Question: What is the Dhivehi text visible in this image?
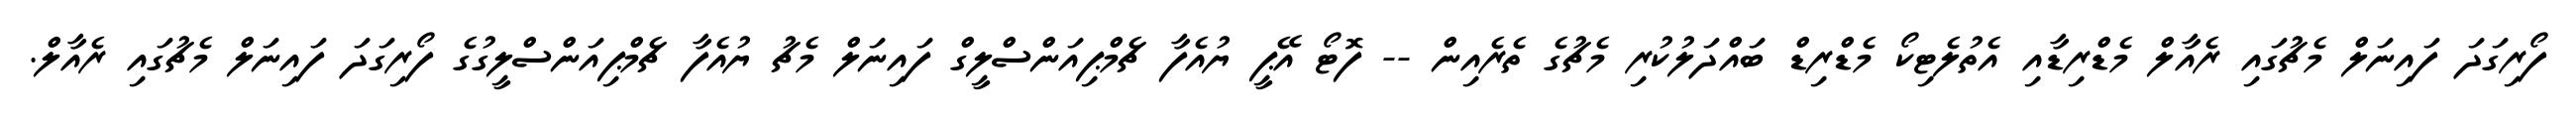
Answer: ފޯރިގަދަ ފައިނަލް މެޗުގައި ރެއާލް މެޑްރިޑާއި އެތުލެޓިކޯ މެޑްރިޑް ބައްދަލުކުރި މެޗުގެ ތެރެއިން -- ފޮޓޯ އޭޕީ ޔުއެފާ ޗެމްޕިއަންސްލީގް ފައިނަލް މެޗު ޔުއެފާ ޗެމްޕިއަންސްލީގުގެ ފޯރިގަދަ ފައިނަލް މެޗުގައި ރެއާލް.